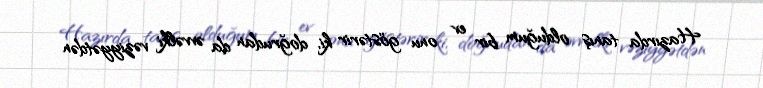
Hazırda tanış olduğum bir ev onu göstərir ki, doğrudan da əvvəlki vəziyyətdən